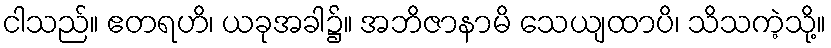
ငါသည်။ ဧတရဟိ၊ ယခုအခါ၌။ အဘိဇာနာမိ သေယျထာပိ၊ သိသကဲ့သို့။